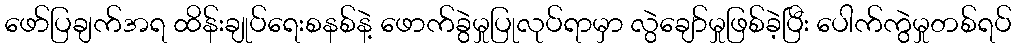
ဖော်ပြချက်အရ ထိန်းချုပ်ရေးစနစ်နဲ့ ဖောက်ခွဲမှုပြုလုပ်ရာမှာ လွဲချော်မှုဖြစ်ခဲ့ပြီး ပေါက်ကွဲမှုတစ်ရပ်